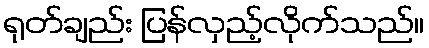
ရုတ်ချည်း ပြန်လှည့်လိုက်သည်။